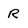
Character: R